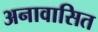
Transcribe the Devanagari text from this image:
अनावासित